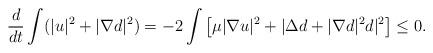
LaTeX: \begin{align*}\frac{d}{dt}\int (|u|^2+|\nabla d|^2)=-2\int \big[\mu|\nabla u|^2+|\Delta d+|\nabla d|^2d|^2\big]\le 0.\end{align*}